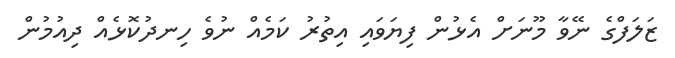
ޒަލަފްގެ ނޭވާ މޫނަށް އެޅުން ފިޔަވައި އިތުރު ކަމެއް ނުވެ ހިނދުކޮޅެއް ދިއުމުން